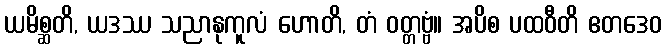
ယမိစ္ဆတိ, ယဒဿ သညာနုကူလံ ဟောတိ, တံ ဝတ္တဗ္ဗံ။ အပိစ ပထဝီတိ ဧတဒေဝ